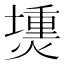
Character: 𤏍